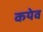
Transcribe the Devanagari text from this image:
कयेव